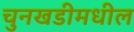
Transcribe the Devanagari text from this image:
चुनखडीमधील